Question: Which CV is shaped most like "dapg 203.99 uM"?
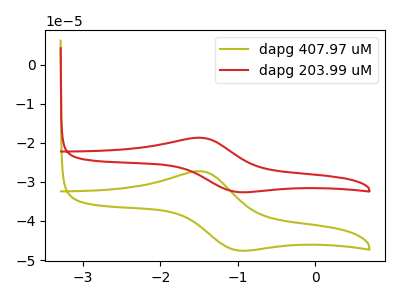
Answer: <think>The olive curve "dapg 407.97 uM" has an anodic peak at (-1.45V, -27.30uA) and a cathodic peak at (-1.00V, -47.50uA). The red curve "dapg 203.99 uM" has an anodic peak at (-1.45V, -18.70uA) and a cathodic peak at (-1.00V, -32.55uA).
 All the peaks in "dapg 407.97 uM" have a peak in "dapg 203.99 uM" at the same potential.</think>
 <answer>The CV with the most similar shape to "dapg 407.97 uM" is "dapg 203.99 uM".</answer>
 <eval>"dapg 203.99 uM"</eval>